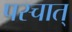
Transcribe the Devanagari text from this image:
पस्चात्